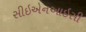
સીઇએનઆઇસી